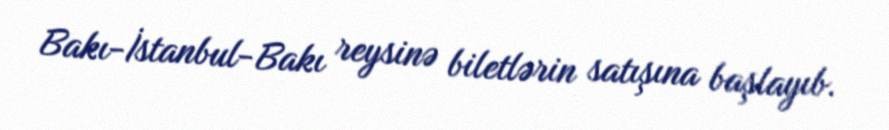
Bakı-İstanbul-Bakı reysinə biletlərin satışına başlayıb.